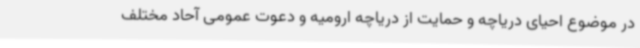
در موضوع احیای دریاچه و حمایت از دریاچه ارومیه و دعوت عمومی آحاد مختلف